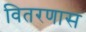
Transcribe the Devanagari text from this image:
वितरणास